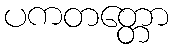
ပကတတ္တော